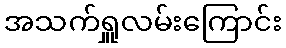
အသက်ရှူလမ်းကြောင်း